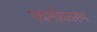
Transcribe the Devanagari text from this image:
स्वर्गावतरण